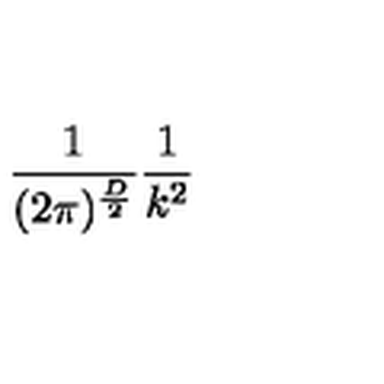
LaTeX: \frac { 1 } { ( 2 \pi ) ^ { \frac { D } { 2 } } } \frac { 1 } { k ^ { 2 } }